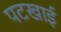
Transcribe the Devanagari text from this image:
पटखाई